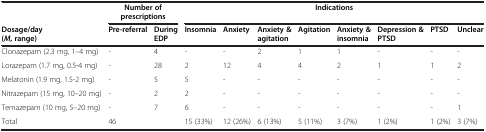
|  | <COLSPAN=2> Number of prescriptions | <COLSPAN=8> Indications |
 | Dosage/day (M, range) | Pre-referral | During EDP | Insomnia | Anxiety | Anxiety & agitation | Agitation | Anxiety & insomnia | Depression & PTSD | PTSD | Unclear |
 | --- | --- | --- | --- | --- | --- | --- | --- | --- | --- | --- |
 | Clonazepam (2.3 mg, 1–4 mg) | - | 4 | - | - | 2 | 1 | 1 | - | - | - |
 | Lorazepam (1.7 mg, 0.5-4 mg) | - | 28 | 2 | 12 | 4 | 4 | 2 | 1 | 1 | 2 |
 | Melatonin (1.9 mg, 1.5-2 mg) | - | 5 | 5 | - | - | - | - | - | - | - |
 | Nitrazepam (15 mg, 10–20 mg) | - | 2 | 2 | - | - | - | - | - | - | - |
 | Temazepam (10 mg, 5–20 mg) | - | 7 | 6 | - | - | - | - | - | - | 1 |
 | Total | <COLSPAN=2> 46 | 15 (33%) | 12 (26%) | 6 (13%) | 5 (11%) | 3 (7%) | 1 (2%) | 1 (2%) | 3 (7%) |